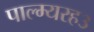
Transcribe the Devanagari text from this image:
पाल्म्यरह३